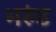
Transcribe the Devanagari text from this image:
भरुंड